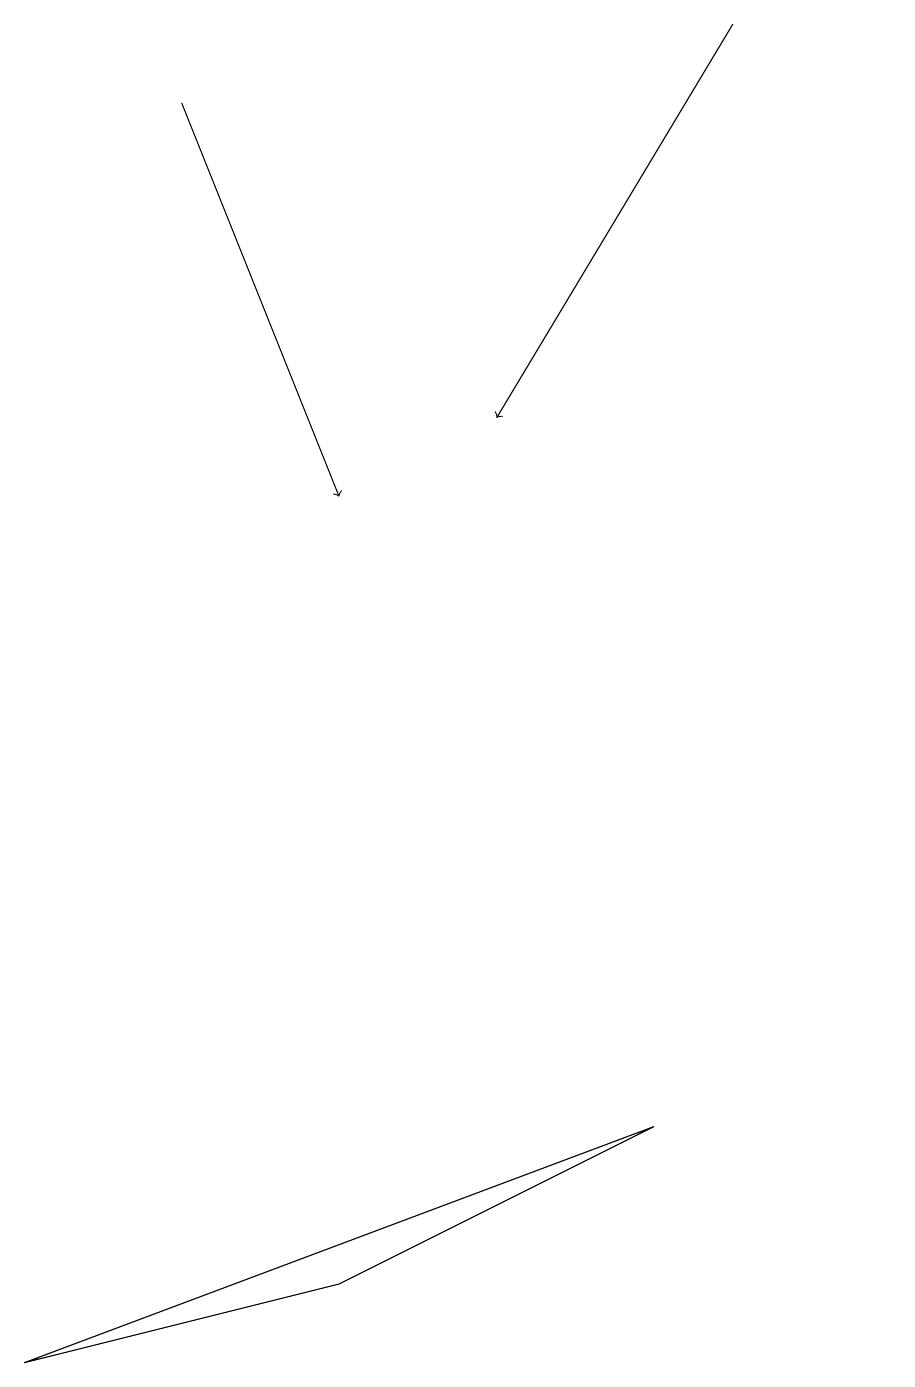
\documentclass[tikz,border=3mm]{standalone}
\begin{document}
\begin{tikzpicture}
\draw[->] (2,17) -- (4,12);
\draw[->] (9,18) -- (6,13);
\draw (8,4) -- (4,2) -- (0,1) -- cycle;
\draw (11,10) circle (0);
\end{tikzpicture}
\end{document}